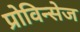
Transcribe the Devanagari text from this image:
प्रोविन्सेज